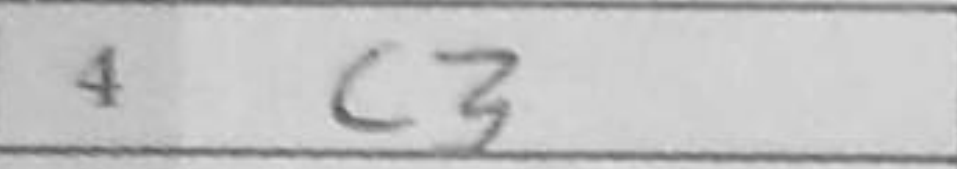
Transcription: c3